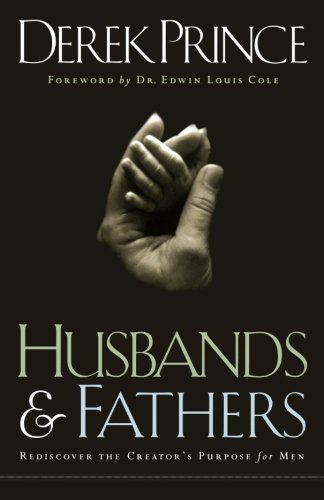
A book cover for Husbands and Fathers: Rediscover the Creator's Purpose for Men; Derek Prince; Parenting & Relationships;